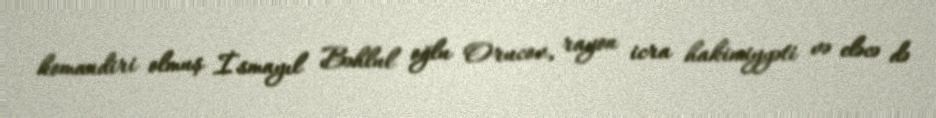
komandiri olmuş İsmayıl Bəhlul oğlu Orucov, rayon icra hakimiyyəti və eləcə də